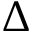
\Delta